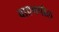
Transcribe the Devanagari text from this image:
वाएनपोल